Annual report on the mental hospital in the Central Provinces and Berar (Nagpur) - 1927-1951
Year: 1927
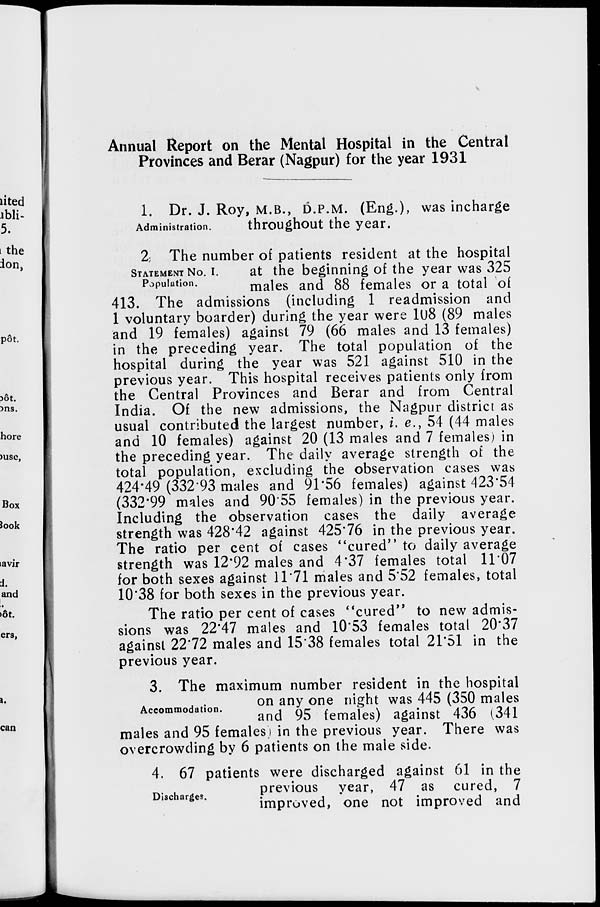
Annual Report on the Mental Hospital in the Central
Provinces and Berar (Nagpur) for the year 1931
Administration.
1. Dr. J. Roy, M.B., D.P.M. (Eng.), was incharge
throughout the year.
STATEMENT No. I.
Population.
2. The number of patients resident at the hospital
at the beginning of the year was 325
males and 88 females or a total of
413. The admissions (including 1 readmission and
1 voluntary boarder) during the year were 108 (89 males
and 19 females) against 79 (66 males and 13 females)
in the preceding year. The total population of the
hospital during the year was 521 against 510 in the
previous year. This hospital receives patients only from
the Central Provinces and Berar and from Central
India. Of the new admissions, the Nagpur district as
usual contributed the largest number, i. e., 54 (44 males
and 10 females) against 20 (13 males and 7 females) in
the preceding year. The daily average strength of the
total population, excluding the observation cases was
424.49 (332.93 males and 91.56 females) against 423.54
(332.99 males and 90.55 females) in the previous year.
Including the observation cases the daily average
strength was 428.42 against 425.76 in the previous year.
The ratio per cent of cases "cured" to daily average
strength was 12.92 males and 4.37 females total 11.07
for both sexes against 11.71 males and 5.52 females, total
10.38 for both sexes in the previous year.
The ratio per cent of cases "cured" to new admis-
sions was 22.47 males and 10.53 females total 20.37
against 22.72 males and 15.38 females total 21.51 in the
previous year.
Accommodation.
3. The maximum number resident in the hospital
on any one night was 445 (350 males
and 95 females) against 436 (341
males and 95 females) in the previous year. There was
overcrowding by 6 patients on the male side.
Discharges.
4. 67 patients were discharged against 61 in the
previous year, 47 as cured, 7
improved, one not improved and